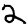
Digit: 2